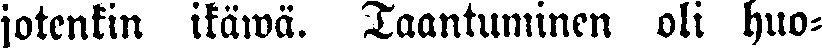
jotenkin ikäwä. Taantuminen oli huo-